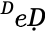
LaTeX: ^ḊeḌ